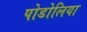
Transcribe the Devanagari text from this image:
पोडोलिया